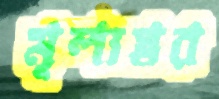
মূল্যস্তর